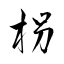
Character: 枴